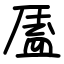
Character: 㕎